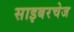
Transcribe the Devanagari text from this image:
साइबरचेज